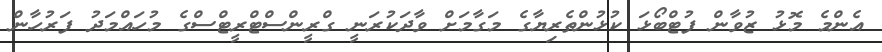
އެންމެ މޮޅު ޒުވާން ފުޓްބޯޅަ ކުޅުންތެރިޔާގެ މަގާމަށް ވާދަކުރަނީ ގްރީންސްޓްރީޓްސްގެ މުހައްމަދު ފަރުހާން